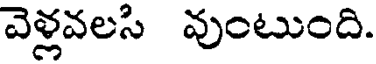
వెళ్లవలసి వుంటుంది.